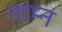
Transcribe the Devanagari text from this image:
नाम्न